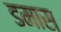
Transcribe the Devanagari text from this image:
डमास